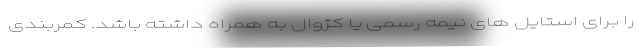
را برای استایل های نیمه رسمی یا کژوال به همراه داشته باشد. کمربندی